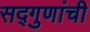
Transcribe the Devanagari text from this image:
सद्गुणांची